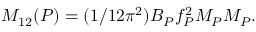
M _ { 1 2 } ( P ) = ( 1 / 1 2 \pi ^ { 2 } ) B _ { P } { f } _ { P } ^ { 2 } M _ { P } { \cal M } _ { P } .